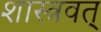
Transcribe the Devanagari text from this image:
शास्त्रवत्‌